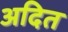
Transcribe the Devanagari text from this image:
अदित